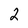
Character: 2